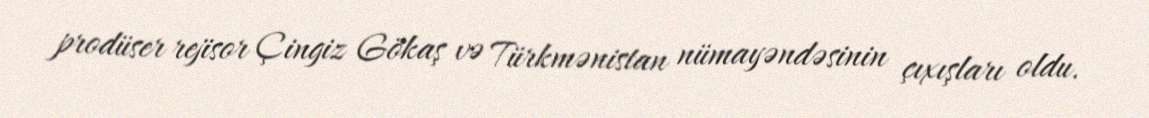
prodüser rejisor Çingiz Gökaş və Türkmənistan nümayəndəsinin çıxışları oldu.